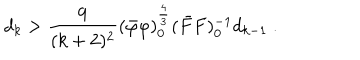
d _ { k } > \frac { 9 } { ( k + 2 ) ^ { 2 } } ( \bar { \varphi } \varphi ) _ { 0 } ^ { \frac { 4 } { 3 } } ( \bar { F } F ) _ { 0 } ^ { - 1 } d _ { k - 1 } \ .